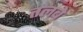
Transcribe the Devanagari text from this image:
तलबे